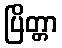
ပြိတ္တာ